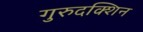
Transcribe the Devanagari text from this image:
गुरुदक्शिन